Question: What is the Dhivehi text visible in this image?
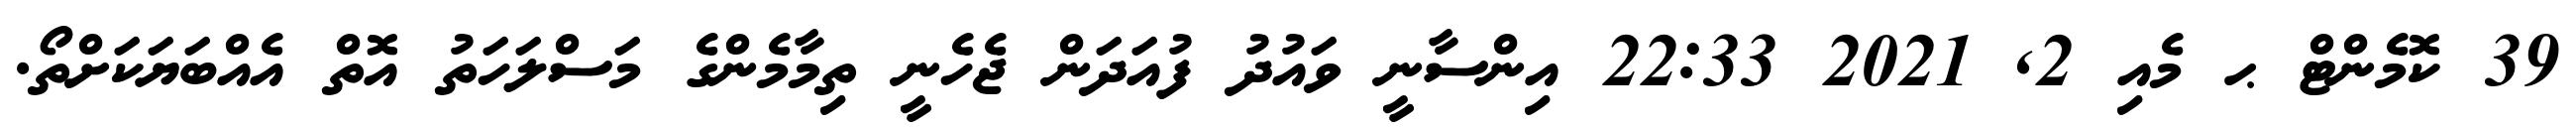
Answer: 39 ކޮމެންޓް ޙ މެއި 2, 2021 22:33 އިންސާނީ ވައުދު ފުއަދަން ޖެހެނީ ތިމާމެންގެ މަސްލަހަތު އޮތް އެއްބަޔަކަށްތޯ.